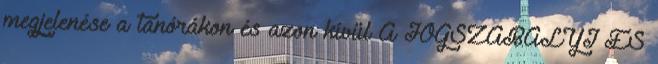
megjelenése a tanórákon és azon kívül A JOGSZABÁLYI ÉS